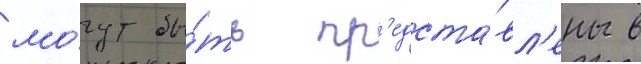
мо́гут бы́ть пр'едста́вл'ены в